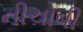
નીચોવી